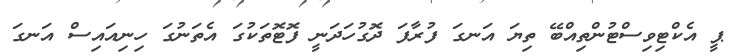
ޕީ އެކްޓިވިސްޓުންތިއްބޭ ތިޔަ އަނގަ ފުރާފަ ދޮގުހަދަނީ ފޮޓޮތަކުގަ އެތަނުގަ ހިނިއައިސް އަނގަ